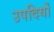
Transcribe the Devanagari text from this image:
उपदियों